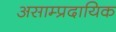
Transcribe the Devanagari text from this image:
असाम्प्रदायिक